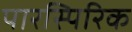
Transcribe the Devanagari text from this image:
पारस्पिरिक